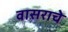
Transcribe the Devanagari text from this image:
वासराचे